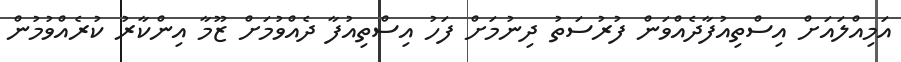
އަމިއްލައަށް އިސްތިއުފާދެއްވަން ފުރުސަތު ދިނުމަށް ފަހު އިސްތިއުފާ ދެއްވުމަށް ޒޫމާ އިންކާރު ކުރެއްވުމުން